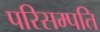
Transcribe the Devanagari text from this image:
परिसम्पति